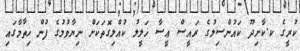
ކުރީގެ ކ.ކާށިދޫ ކައުންސިލުގެ ރައީސް ޢީސާ ޚަލީލު ކުއްލިގޮތަކަށް ނިޔާވުމުގެ ފުން ހިތާމާގައި